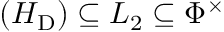
( H _ { \mathrm { D } } ) \subseteq L _ { 2 } \subseteq \Phi ^ { \times }